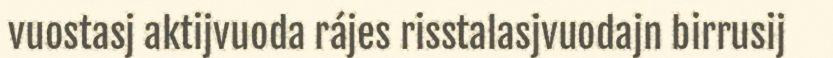
vuostasj aktijvuoda rájes risstalasjvuodajn birrusij